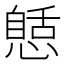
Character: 𢠾